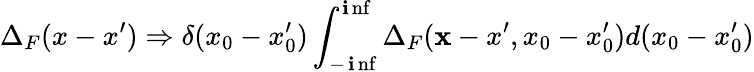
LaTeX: \Delta_{F}(x-x^{\prime})\Rightarrow\delta(x_{0}-x_{0}^{\prime})\int_{-\operatorname*{\mathbf{i}nf}}^{\operatorname*{\mathbf{i}nf}}\Delta_{F}({\mathbf{x}-x^{\prime}},x_{0}-x_{0}^{\prime})d(x_{0}-x_{0}^{\prime})